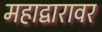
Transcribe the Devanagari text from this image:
महाद्वारावर